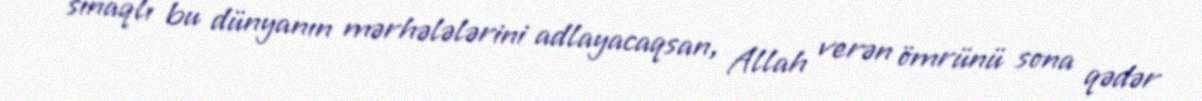
sınaqlı bu dünyanın mərhələlərini adlayacaqsan, Allah verən ömrünü sona qədər